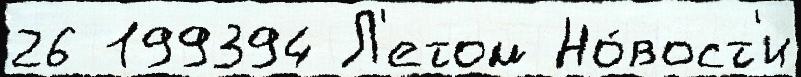
26 199394 Л'етом Но́вост'и